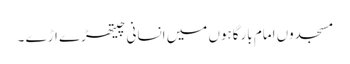
مسجدوں امام بارگاہوں میں انسانی چیتھڑے اڑے ۔